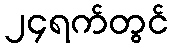
၂၄ရက်တွင်